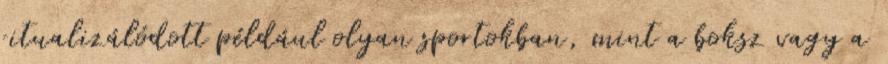
ritualizálódott például olyan sportokban, mint a boksz vagy a